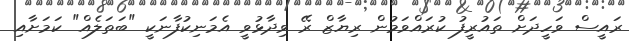
ރައީސް ވަހީދަށް ތައުރީފު ކުރައްވަމުން ރިޔާޒް ރޭ ވިދާޅުވީ އެމަނިކުފާނަކީ "ބަތަލެއް" ކަމަށާއި